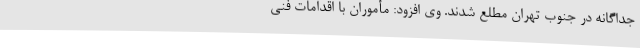
جداگانه در جنوب تهران مطلع شدند. وی افزود: مأموران با اقدامات فنی